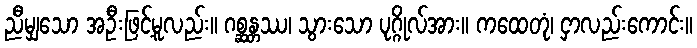
ညီမျှသော အဦးဖြင့်မူလည်း။ ဂစ္ဆန္တဿ၊ သွားသော ပုဂ္ဂိုလ်အား။ ကထေတုံ၊ ငှာလည်းကောင်း။